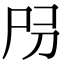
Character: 𡰺